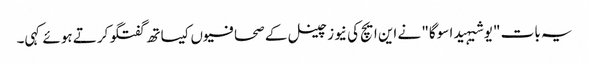
یہ بات "یوشیہیدا سوگا" نے این ایچ کی نیوز چینل کے صحافیوں کیساتھ گفتگو کرتے ہوئے کہی۔